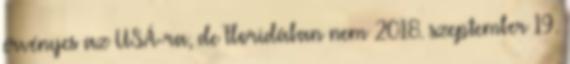
érvényes az USÁ-ra, de Floridában nem 2018. szeptember 19.